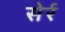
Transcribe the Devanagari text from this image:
सेर्र